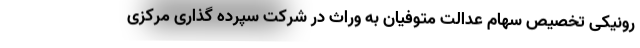
رونیکی تخصیص سهام عدالت متوفیان به وراث در شرکت سپرده گذاری مرکزی